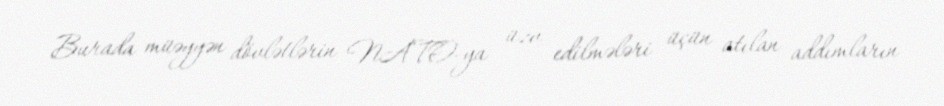
Burada müəyyən dövlətlərin NATO-ya üzv edilmələri üçün atılan addımların